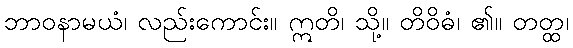
ဘာဝနာမယံ၊ လည်းကောင်း။ ဣတိ၊ သို့။ တိဝိဓံ၊ ၏။ တတ္ထ၊